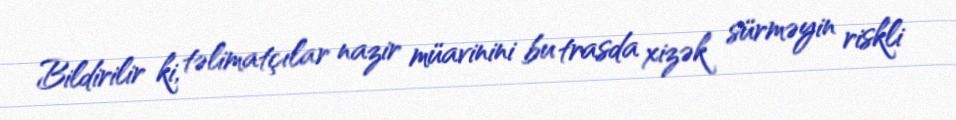
Bildirilir ki, təlimatçılar nazir müavinini bu trasda xizək sürməyin riskli